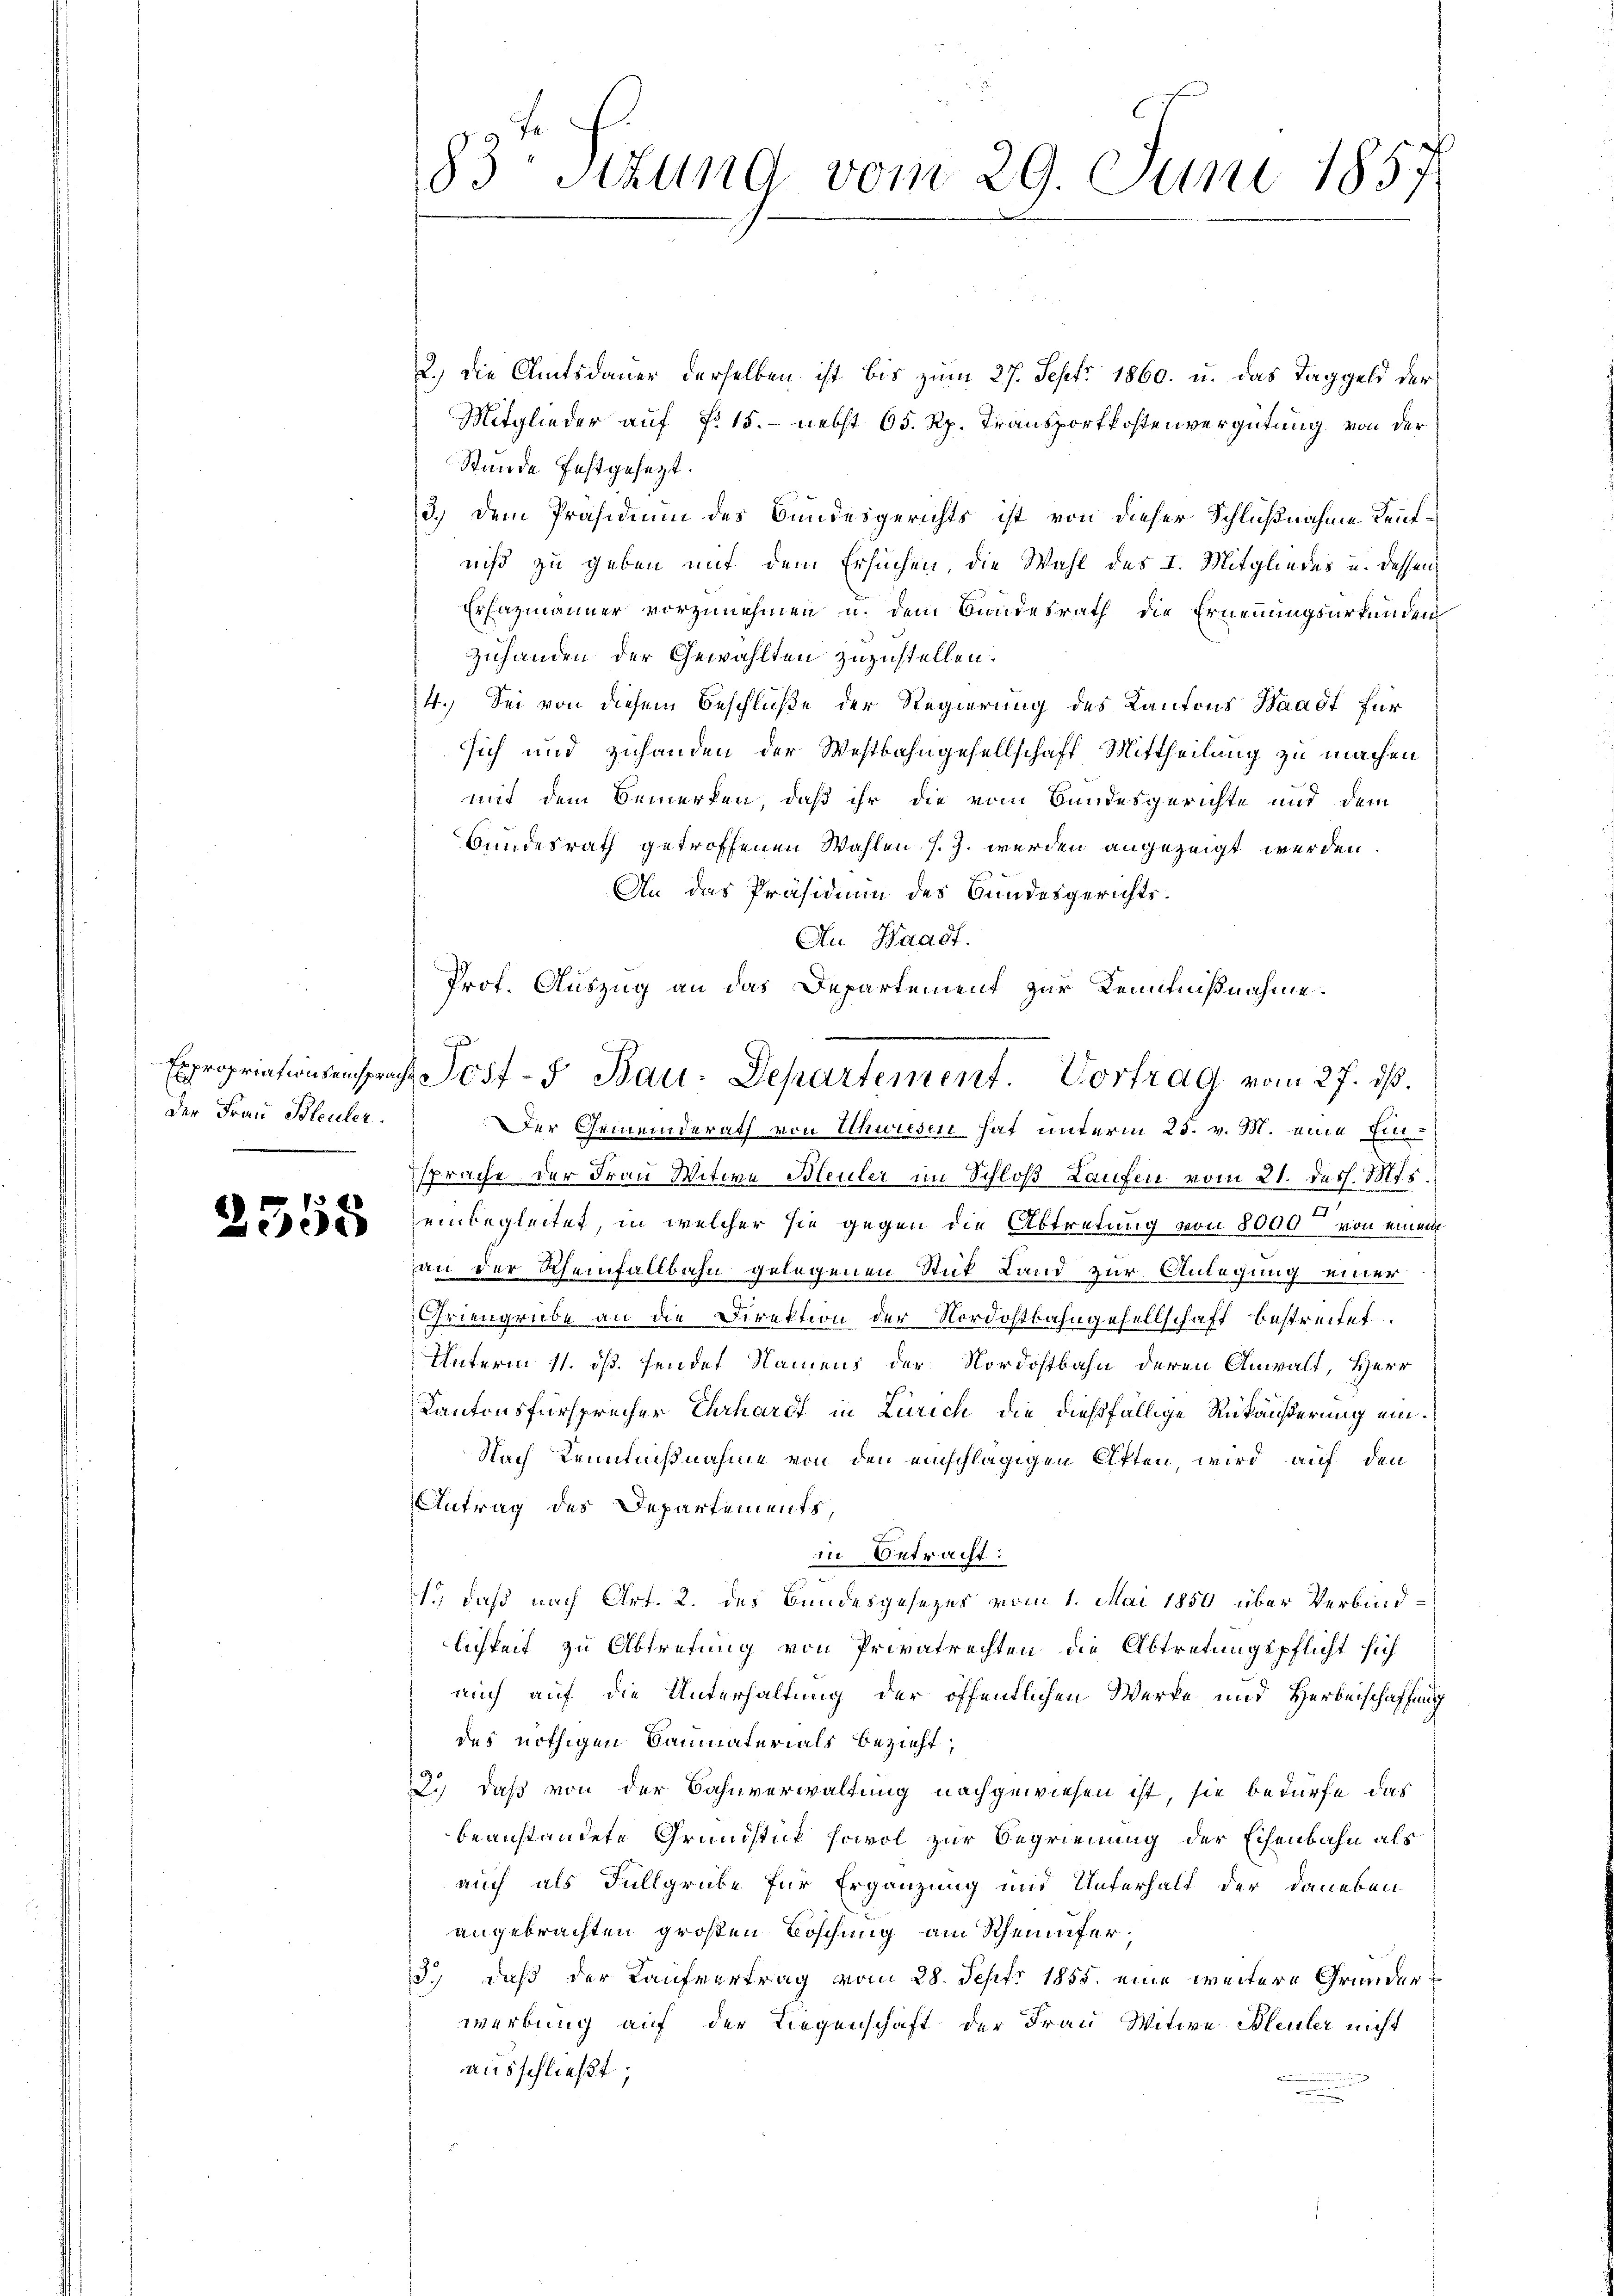
2.) Die Amtsdauer derselben ist bis zum 27. Sept. 1860. u. das Taggeld der
Mitglieder auf §. 15. - nebst 65. Rp. Transportkostenvergütung von der
Stunde festgesezt.
3.) Dem Präsidium des Bundesgerichts ist von dieser Schlußnahme deutniß zu geben mit dem Ersuchen, die Wahl des I. Mitgliedes u. dessen
Erfazmänner vorzunehmen u. dem Bundesrath die Ernennungsurkunden
zuhanden der Gewählten zuzustellen.
4.) Sei von diesem Beschluße der Regierung des Kantons Waadt für
sich und zuhanden der Westbahngesellschaft Mittheilung zu machen
mit dem Bemerken, daß ihr die vom Bundesgerichte und dem
Bundesrath getroffenen Wahlen s. Z. werden angezeigt werden.
An das Präsidium des Bundesgerichts¬
Au Baadf.
Der Gemeinderath von Schwiesen hat unterm 25. v. M. eine Einsprache der Frau Witwe Bleuler im Schloß Laufen vom 21. dass. Mts.
 einbegleitet, in welcher sie gegen die Abtretung von 8000 von einem
an der Rheinfallbahn gelegenen Stut Land zur Anlegung einer
Griengrube an die Direktion der Nordostbahngesellschaft bestreitet.
Unterm 11. ds. sendet Namens der Nordostbahn deren Anwalt, Herr
ch
Kantonsfürsprecher Ehrhardt in Zürich die dießfällige Rükäußerung ein¬
Nach Kenntnißnahme von den einschlägigen Atten, wird auf den
Antrag des Departements,
in Betracht:
1., daß nach Art. 2. des Bundesgesezes vom 1. Mai 1850 über Verbindlichkeit zu Abtretung von Privatrechten die Abtretungspflicht sich
auch auf die Unterhaltung der öffentlichen Werke und Herbeischaffung
des nöthigen Baumaterials bezieht,
2.) daß von der Bahnverwaltung nachgewiesen ist, sie bedürfe das
beanstandete Grundstick sowol zur Begrienung der Eisenbahn als
auch als Füllgrube für Ergänzung und Unterhalt der daneben
angebrachten großen Boschung am Rheinufer¬
3.) daß der Kaufvertrag vom 28. Sept. 1855. eine weitere Grunderwerbung auf der Liegenschaft der Frau Witwe Bleuler nicht
ausschließt;

Der Frau Bleuler.

83 Sitzung vom 29. Juni 1857.

Prof. Auszug an das Departement zur Kenntnißnahme.

Expropriationsensprach Jost- u Bau-Departement. Vortrag vom 27. ds.